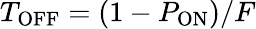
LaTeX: T_{\mathrm{OFF}}=(1-P_{\mathrm{ON}})/F